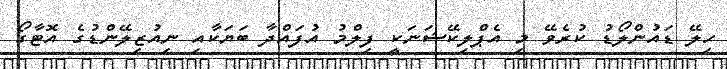
ހިލޭ ޑައުންލޯޑު ކުރެވޭ މި އެޕްލިކޭޝަނަކީ ފިލްމު އުފައްދާ ބަޔަކާއި ނިއުޒިލޭންޑުގެ އޮޓާގޯ